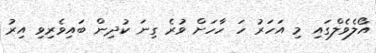
އޯލެވެލްގައި މި އަހަރު ހަ ހާހަށް ވުރެ ގިނަ ކުދިން ބައިވެރިވި އިރު